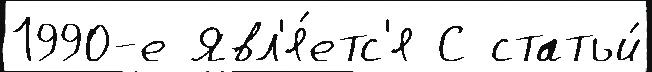
1990-е Явл'я́етс'я С статьи́